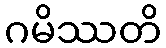
ဂမိဿတိ